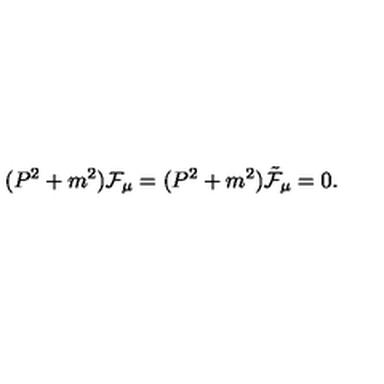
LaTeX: ( P ^ { 2 } + m ^ { 2 } ) { \cal F } _ { \mu } = ( P ^ { 2 } + m ^ { 2 } ) { \tilde { \cal F } } _ { \mu } = 0 .